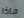
ماذا